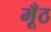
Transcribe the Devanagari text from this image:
मूँठ